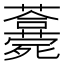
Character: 𣩾